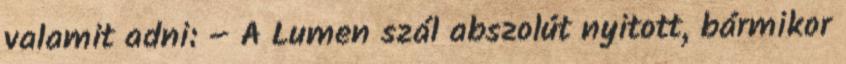
valamit adni: – A Lumen szál abszolút nyitott, bármikor